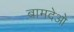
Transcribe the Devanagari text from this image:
बामदेओ